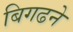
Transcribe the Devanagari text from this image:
बिगढने